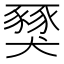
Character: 𧱾